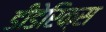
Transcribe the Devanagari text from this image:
डीडेरिक्स